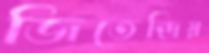
জিতেন্দ্রিয়